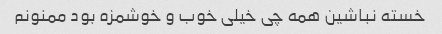
خسته نباشین همه چی خیلی خوب و خوشمزه بود ممنونم